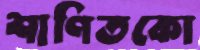
শাণিতকো